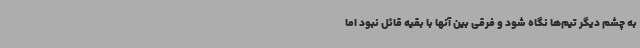
به چشم دیگر تیم‌ها نگاه شود و فرقی بین آنها با بقیه قائل نبود اما